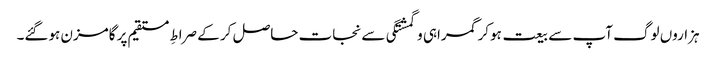
ہزاروں لوگ آپ سے بیعت ہوکر گمراہی و گمشتگی سے نجات حاصل کر کے صراطِ مستقیم پر گامزن ہوگئے۔